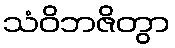
သံဝိဘဇိတွာ